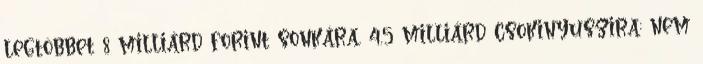
legtöbbet 8 milliárd forint sonkára, 4,5 milliárd csokinyuszira: nem